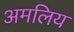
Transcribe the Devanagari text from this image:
अमलिय